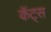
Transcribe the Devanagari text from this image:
कॅट्स